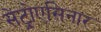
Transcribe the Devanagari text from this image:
सेंट्रोएसिनार